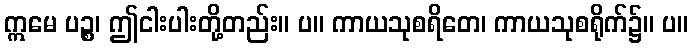
ဣမေ ပဉ္စ၊ ဤငါးပါးတို့တည်း။ ပ။ ကာယသုစရိတေ၊ ကာယသုစရိုက်၌။ ပ။